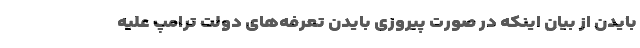
بایدن از بیان اینکه در صورت پیروزی بایدن تعرفه‌های دولت ترامپ علیه